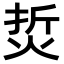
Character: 烲